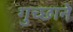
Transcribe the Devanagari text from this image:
गुच्छाने